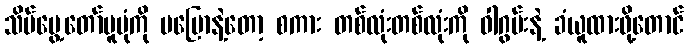
သိမ်မွေ့တော်မူပုံကို မပြောနဲ့တော့ စကား တစ်လုံးတစ်လုံးကို ဝါဂွမ်းနဲ့ ခံယူထားဖို့တောင်